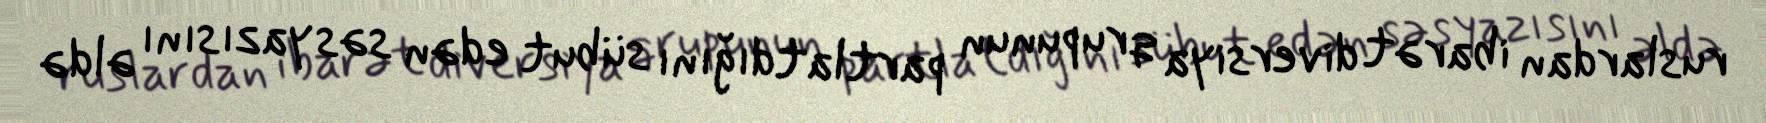
ruslardan ibarət diversiya qrupunun partlatdığını sübut edən səs yazısını əldə